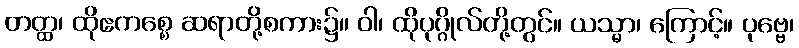
တတ္ထ၊ ထိုဧကစ္စေ ဆရာတို့စကား၌။ ဝါ၊ ထိုပုဂ္ဂိုလ်တို့တွင်။ ယသ္မာ၊ ကြောင့်။ ပုဗ္ဗေ၊